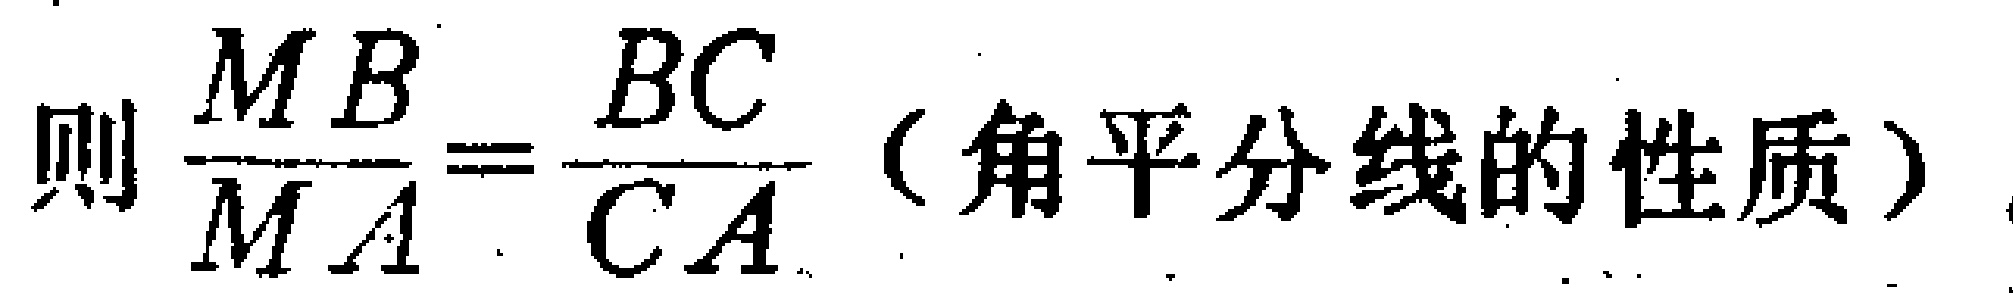
则\(\frac{MB}{MA}=\frac{BC}{CA}\)（角平分线的性质）